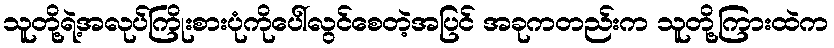
သူတို့ရဲ့အလုပ်ကြိုးစားပုံကိုပေါ်လွင်စေတဲ့အပြင် အခုကတည်းက သူတို့ကြားထဲက